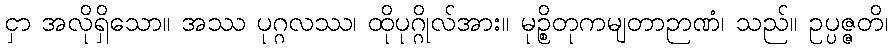
ငှာ အလိုရှိသော။ အဿ ပုဂ္ဂလဿ၊ ထိုပုဂ္ဂိုလ်အား။ မုဉ္စိတုကမျတာဉာဏံ၊ သည်။ ဥပ္ပဇ္ဇတိ၊